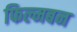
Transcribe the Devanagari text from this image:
फिल्मबन